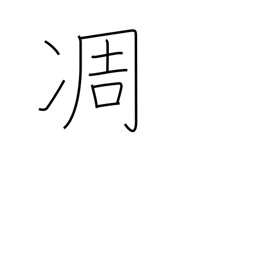
Meaning: wither